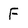
Character: F